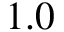
1 . 0